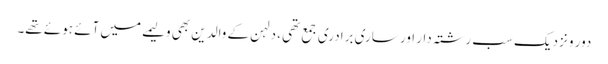
دور و نزدیک سب رشتہ دار اور ساری برادری جمع تھی ، دلہن کے والدین بھی ولیمے میں آئے ہوئے تھے۔